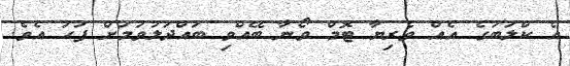
އެ ކްލަބުގެ އެއް ވެރިޔާ ޓޮމް ވޯނާ ބޭއްވި ބައްދަލުވުމަށް ފަހު އެވެ.